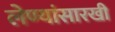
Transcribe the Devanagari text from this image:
लेण्यांसारखी